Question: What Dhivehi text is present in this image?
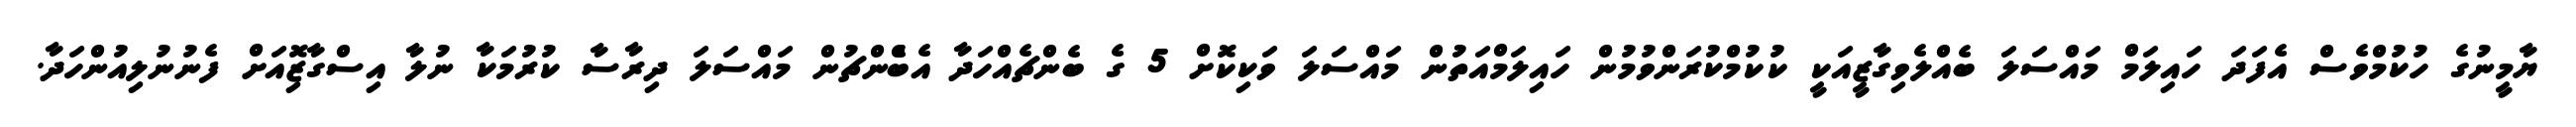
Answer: ޔާމީނުގެ ހުކުމްވެސް އެފަދަ ހައިލަމް މައްސަލަ ބެއްލެވިގާޒީއަކީ ކުކުމްކުރަންވުމުން ހައިލަމްއަތުން މައްސަލަ ވަކިކޮށް 5 ގެ ބެންޗެއްހަދާ އެބްެންޗުން މައްސަލަ ދިރާސާ ކުރުމަކާ ނުލާ އިސްގާޒޮިއަށް ފެނުނުލިއުންހަދާ.